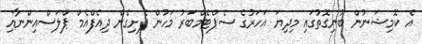
އެ ކޮމިޝަނުން ބުނިގޮތުގައި މިދިޔަ އަހަރުގެ ސެޕްޓެމްބަރު މަހުން ފެށިގެން ދިއެފްއެމް ޕްލަސްއިންނާއި